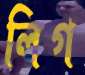
লিগ